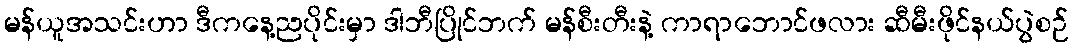
မန်ယူအသင်းဟာ ဒီကနေ့ညပိုင်းမှာ ဒါဘီပြိုင်ဘက် မန်စီးတီးနဲ့ ကာရာဘောင်ဖလား ဆီမီးဖိုင်နယ်ပွဲစဉ်